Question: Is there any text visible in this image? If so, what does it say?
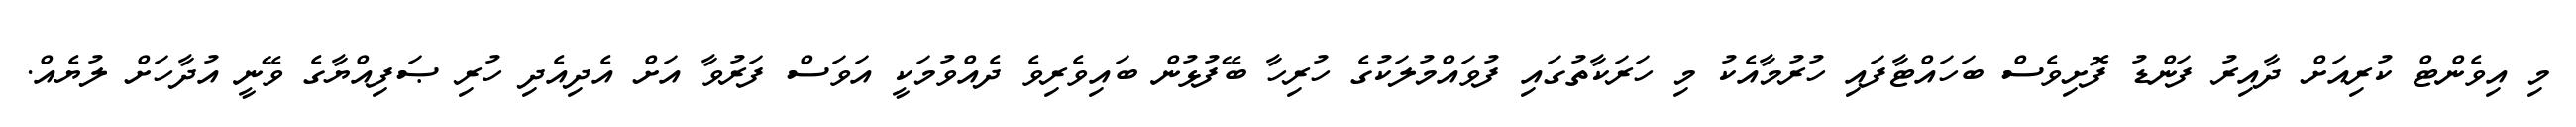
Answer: މި އިވެންޓް ކުރިއަށް ދާއިރު ފަންޑު ފޮށިވެސް ބަހައްޓާފައި ހުރުމާއެކު މި ހަރަކާތުގައި ފުވައްމުލަކުގެ ހުރިހާ ބޭފުޅުން ބައިވެރިވެ ދެއްވުމަކީ އަވަސް ފަރުވާ އަށް އެދިއެދި ހުރި ޞަފިއްޔާގެ ވޭނީ އުދާހަށް ލުޔެއް.